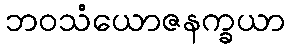
ဘဝသံယောဇနက္ခယာ